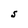
Character: S